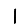
Digit: 1